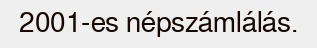
2001-es népszámlálás.